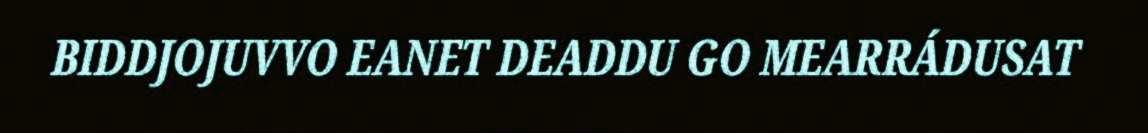
BIDDJOJUVVO EANET DEADDU GO MEARRÁDUSAT